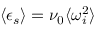
\langle \epsilon _ { s } \rangle = \nu _ { 0 } \langle \omega _ { i } ^ { 2 } \rangle